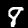
Label: 8